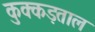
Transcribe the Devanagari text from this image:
कुक्कड़ताल